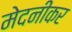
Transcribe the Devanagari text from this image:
मेदनीकर